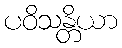
ပဝိသန္တိယာ